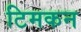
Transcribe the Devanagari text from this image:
टिमकन